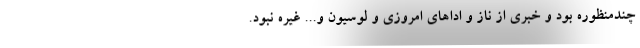
چندمنظوره بود و خبری از ناز و اداهای امروزی و لوسیون و... غیره نبود.